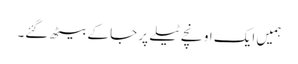
ہمیں ایک اونچے ٹیلے پر جا کے بیٹھ گئے۔